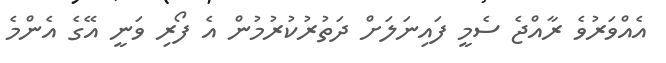
އެއްވަރުވެ ރާއްޖެ ސެމީ ފައިނަލަށް ދަތުރުކުރުމުން އެ ފޯރި ވަނީ އޭގެ އެންމެ